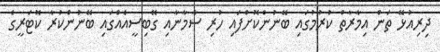
ދިރިއުޅޭ ތަން އިމާރާތް ކުރުމުގައި ބޭނުންކޮށްފައި ހުރި ސާމާނާއި ގޭބިސީއެއްގައި ބޭނުންކުރާ ކޮޓަރީގެ